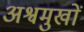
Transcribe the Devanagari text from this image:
अश्वमुखों